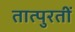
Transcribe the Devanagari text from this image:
तात्पुरतीं